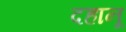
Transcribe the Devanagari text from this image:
दहानू